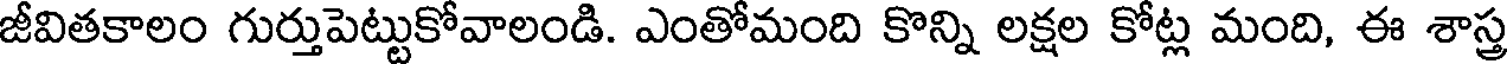
జీవితకాలం గుర్తుపెట్టుకోవాలండి. ఎంతోమంది కొన్ని లక్షల కోట్ల మంది, ఈ శాస్త